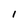
Character: 1